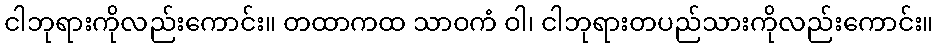
ငါဘုရားကိုလည်းကောင်း။ တထာကထ သာဝကံ ဝါ၊ ငါဘုရားတပည်သားကိုလည်းကောင်း။